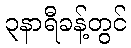
၃နာရီခန့်တွင်